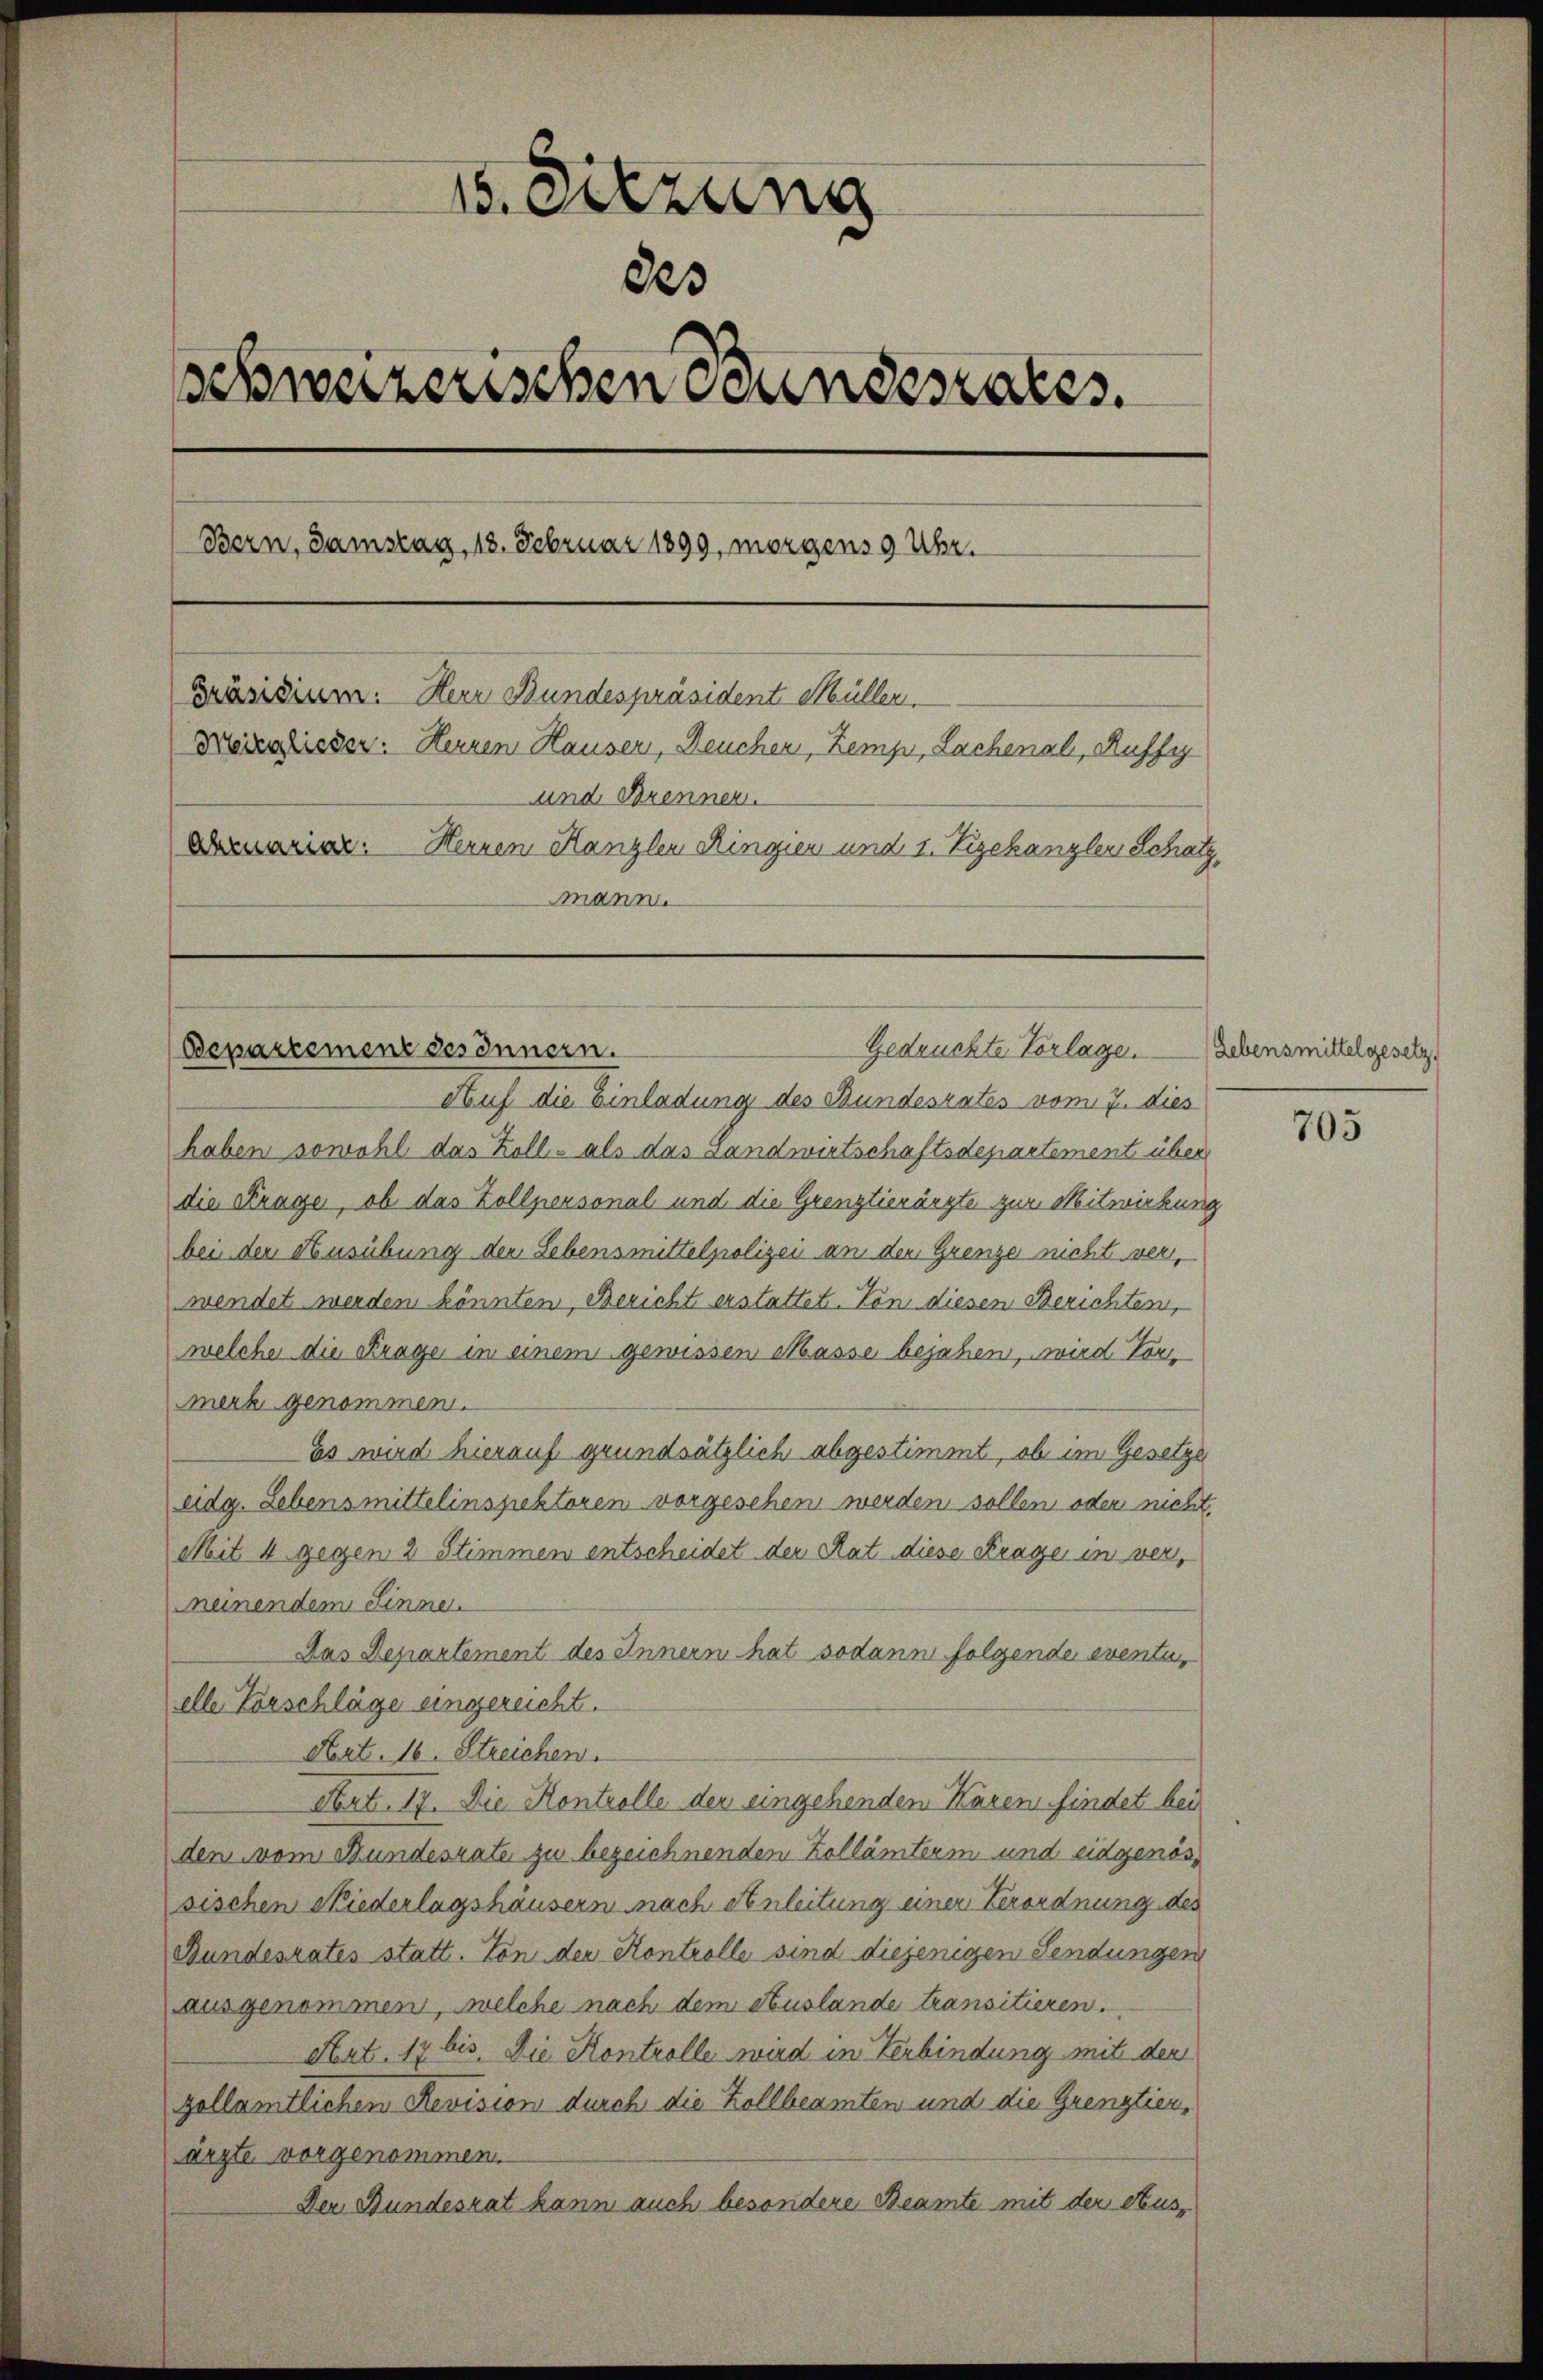
15. Sitzung
des
Schweizerischen Bundesrates.
Bern, Samstag, 18. Februar 1899, morgens 9 Uhr.
Präsidium. Herr Bundespräsident Müller.
Meierlieser: Herren Hausen, Deuchen, Zemp, Lachenal, Ruffy
und Brennen.
Abmmarian. Heinen Kanzler Ringien und 1. Vizekanzler Schatz,
mann.

Gedrückte Vorlage. Lebensmittelgesetz
Bepartement des Innern.

Auf die Einladung des Bundesrates vom 7. dies
haben sowohl das Zoll- als das Landwirtschaftsdepartement über
die Stunge, ob das Zollpersonal und die Grenztierärzte zur Mitwirkung
bei der Ausübung der Lebensmittelpolizei an den Grenze nicht verwendet werden könnten Bericht erstattet. Von diesen Berichten,
welche die Krage in einem gewissen Masse bejahen, wird Vor
merk genommen.
Es wird hierauf grundsätzlich abgestimmt, ob im Gesetze
eidg. Lebensmittelinspektoren vorgesehen werden sollen oder nicht.
Mit 4 gegen 2 Stimmen entscheidet der Rat diese Frage in vermeinendem Sinne.
Das Departement des Innern hat sodann folgende eventuelle Vorschläge eingereicht.
Art. 16. Streichen.
Art. 17. Die Kontrolle der eingehenden Karen findet bei
den vom Bundesrate zu bezeichnenden Zollämterm und eidgenössischen Niederlagshäusern nach Anleitung einer Verordnung des
Bundesrates statt. Von der Kontrolle sind diejenigen Sendungen
ausgenommen, welche nach dem Auslande transitieren.
Hat. 17 bis. Die Kontrolle wird in Verbindung mit den
zollämtlichen Revision durch die Zollbeamten und die Grenztier,
ärzte vorgenommen.
Der Bundesrat kann auch besondere Beamte mit der Aus¬

705